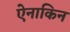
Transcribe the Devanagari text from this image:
ऐनाकिन